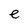
Character: e